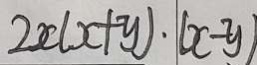
2 x ( x + y ) \cdot ( x - y )